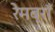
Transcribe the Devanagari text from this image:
रेमब्राँ